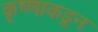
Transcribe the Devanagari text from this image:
कृष्णाकडून